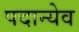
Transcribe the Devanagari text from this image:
पदान्येव